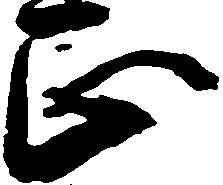
正